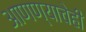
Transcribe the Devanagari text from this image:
आणण्याचेही